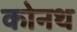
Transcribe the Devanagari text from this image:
कोनथ